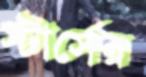
স্টার্সের